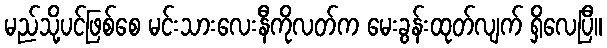
မည်သို့ပင်ဖြစ်စေ မင်းသားလေးနီကိုလတ်က မေးခွန်းထုတ်လျက် ရှိလေပြီ။